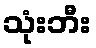
သုံးဘီး